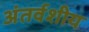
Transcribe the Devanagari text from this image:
अंतर्वशीय